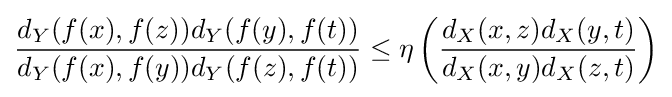
{\frac {d_{Y}(f(x),f(z))d_{Y}(f(y),f(t))}{d_{Y}(f(x),f(y))d_{Y}(f(z),f(t))}}\leq \eta \left({\frac {d_{X}(x,z)d_{X}(y,t)}{d_{X}(x,y)d_{X}(z,t)}}\right)